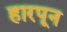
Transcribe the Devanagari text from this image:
हारपून